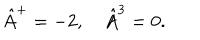
\hat { A } ^ { + } = - 2 , \hat { A } ^ { 3 } = 0 .